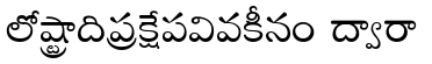
లోష్ట్రాదిప్రక్షేపవివకీనం ద్వారా